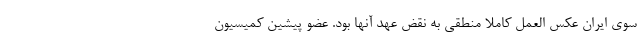
سوی ایران عکس العمل کاملا منطقی به نقض عهد آنها بود. عضو پیشین کمیسیون